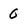
Character: 0